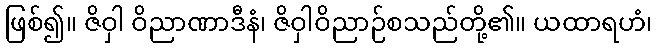
ဖြစ်၍။ ဇိဝှါ ဝိညာဏာဒီနံ၊ ဇိဝှါဝိညာဉ်စသည်တို့၏။ ယထာရဟံ၊